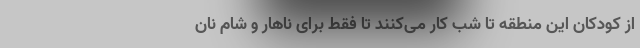
از کودکان این منطقه تا شب کار می‌کنند تا فقط برای ناهار و شام نان